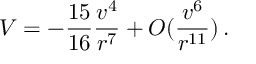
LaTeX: V = - \frac { 1 5 } { 1 6 } \frac { v ^ { 4 } } { r ^ { 7 } } + { \cal O } ( \frac { v ^ { 6 } } { r ^ { 1 1 } } ) \, .